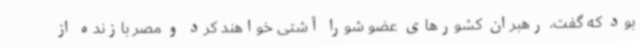
بود که گفت، رهبران کشورهای عضو شورا آشتی خواهند کرد و مصر بازنده از